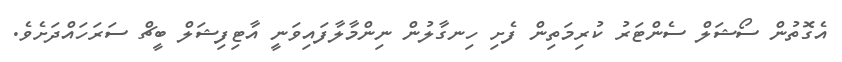
އެގޮތުން ސޯޝަލް ސެންޓަރު ކުރިމަތިން ފެށި ހިނގާލުން ނިންމާލާފައިވަނީ އާޓިފިޝަލް ބީޗް ސަރަހައްދަށެވެ.